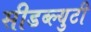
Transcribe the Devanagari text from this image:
सीडब्ल्युटी